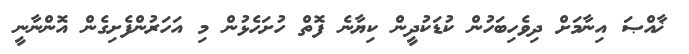
ޚާއްޞަ އިނާމަށް ދިވެހިބަހުން ކުޑަކުދީން ކިޔާނެ ފޮތް ހުށަހެޅުން މި އަހަރުންފެށިގެން އޮންނާނީ